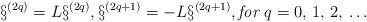
LaTeX: \begin{align*}\S^{(2q)}=L\S^{(2q)},\S^{(2q+1)}=-L\S^{(2q+1)},\mbox{\em for }q=0,\,1,\,2,\,\ldots\end{align*}